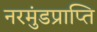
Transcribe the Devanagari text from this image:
नरमुंडप्राप्ति